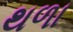
થળા